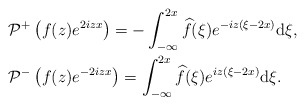
\begin{align*}&\mathcal{P}^+\left(f(z) e^{2iz x}\right) =-\int_{-\infty}^{2x}\widehat{f}(\xi)e^{-iz(\xi-2x ) }\mathrm{d}\xi,\\&\mathcal{P}^-\left(f(z) e^{-2iz x}\right) =\int_{-\infty}^{ 2x} \widehat{f}(\xi)e^{ iz(\xi-2x ) }\mathrm{d}\xi.\end{align*}